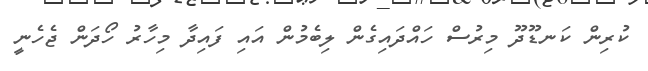
ކުރިން ކަނޑޫދޫ މިރުސް ހައްދައިގެން ލިބެމުން އައި ފައިދާ މިހާރު ހޯދަން ޖެހެނީ